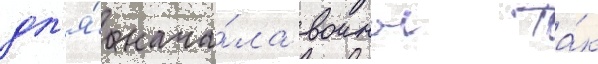
дл'я́ нача́ла воины та́к